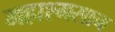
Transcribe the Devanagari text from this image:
महाश्मसान